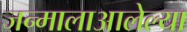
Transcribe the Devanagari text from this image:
जन्मालाआलेल्या